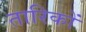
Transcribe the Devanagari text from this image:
तारिकों